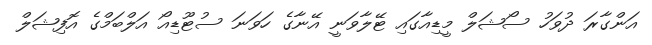
އަންގާރަ ދުވަހު ސޯޝަލް މީޑިއާގައި ޓޭލާވަނީ އޭނާގެ ހަވަނަ ސުޓޫޑިއޯ އަލްބަމްގެ އޮފިޝަލް